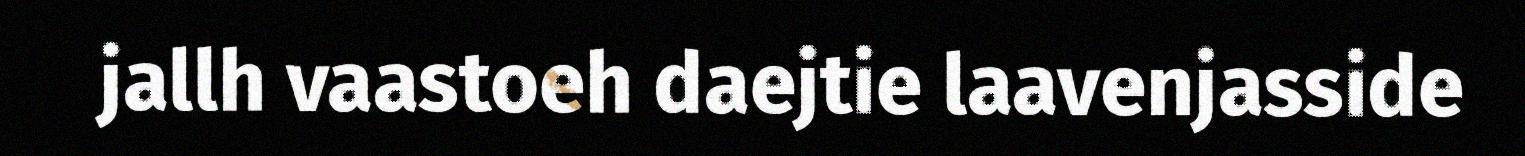
jallh vaastoeh daejtie laavenjasside